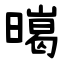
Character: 㬞